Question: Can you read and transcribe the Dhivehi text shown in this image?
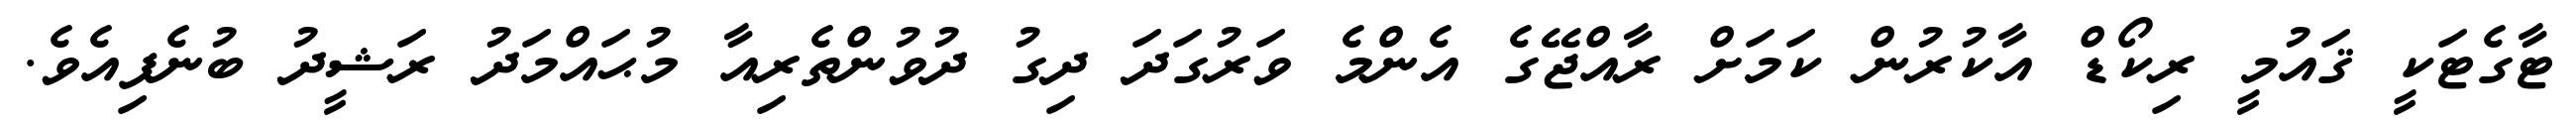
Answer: ޓާގެޓަކީ ޤައުމީ ރިކޯޑް އާކުރުން ކަމަށް ރާއްޖޭގެ އެންމެ ވަރުގަދަ ދިގު ދުވުންތެރިއާ މުޙައްމަދު ރަޝީދު ބުނެފިއެވެ.